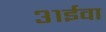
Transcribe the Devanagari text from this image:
३१ईवा